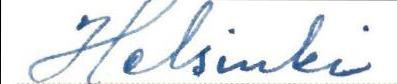
Helsinki